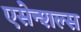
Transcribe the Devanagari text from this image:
एसेन्शल्स